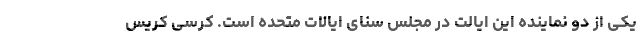
یکی از دو نماینده این ایالت در مجلس سنای ایالات متحده است. کرسی کریس